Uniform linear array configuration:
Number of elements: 8
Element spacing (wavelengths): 0.5
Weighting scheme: uniform
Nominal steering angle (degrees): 30
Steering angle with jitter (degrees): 29.021
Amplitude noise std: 0.05
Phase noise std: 0.05

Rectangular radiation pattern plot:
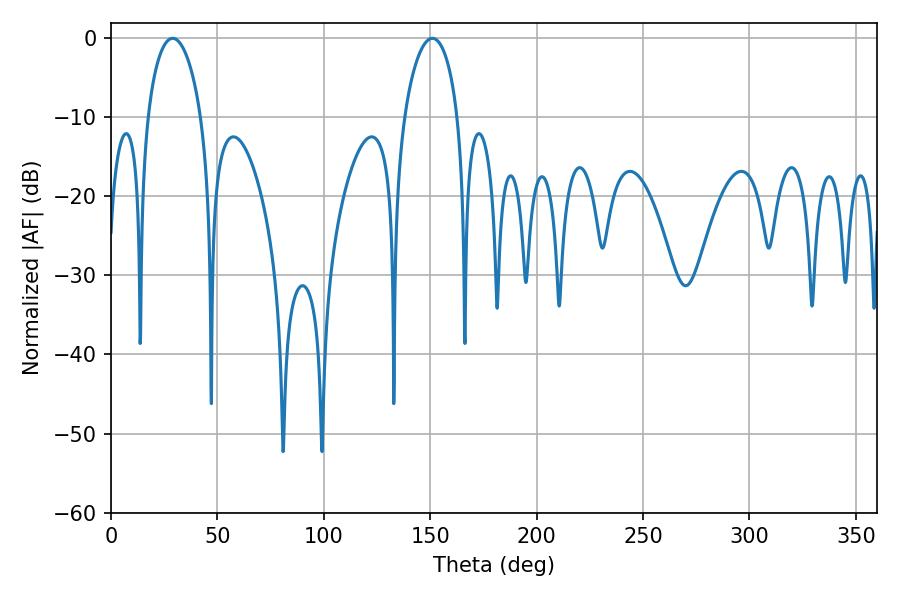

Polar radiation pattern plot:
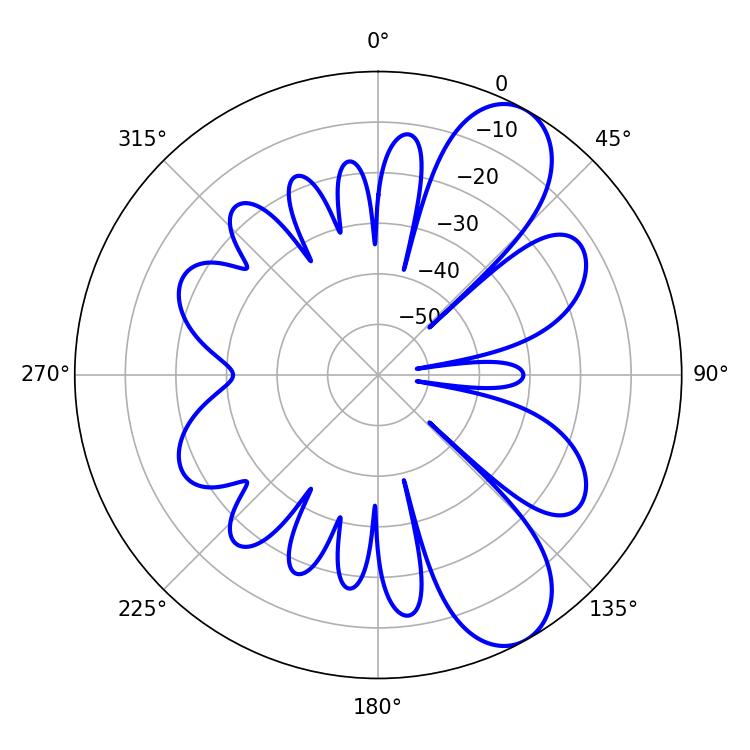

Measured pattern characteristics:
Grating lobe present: FALSE
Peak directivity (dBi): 8.838
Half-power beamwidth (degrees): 14.4
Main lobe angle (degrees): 151.02